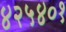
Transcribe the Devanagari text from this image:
४२५४०१